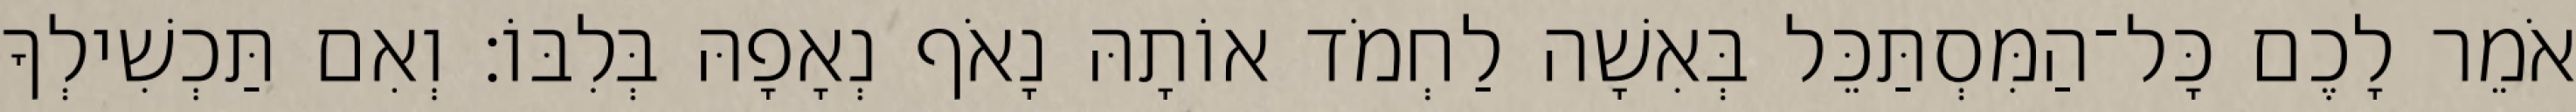
אֹמֵר לָכֶם כָּל־הַמִּסְתַּכֵּל בְּאִשָׁה לַחְמֹד אוֹתָהּ נָאֹף נְאָפָהּ בְּלִבּוֹ׃ וְאִם תַּכְשִׁילְךָ